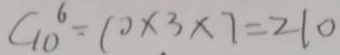
C _ { 1 0 } ^ { 6 } = 1 0 \times 3 \times 7 = 2 1 0